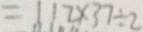
= 1 1 2 \times 3 7 \div 2